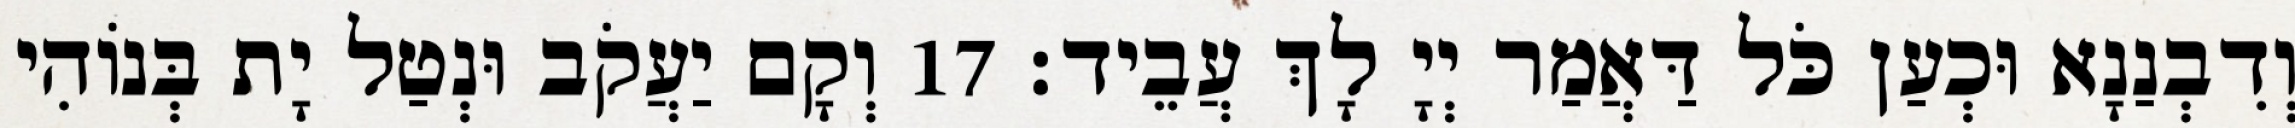
וְדִבְנַנָא וּכְעַן כֹּל דַּאֲמַר יְיָ לָךְ עֲבֵיד׃ 17 וְקָם יַעֲקֹב וּנְטַל יָת בְּנוֹהִי